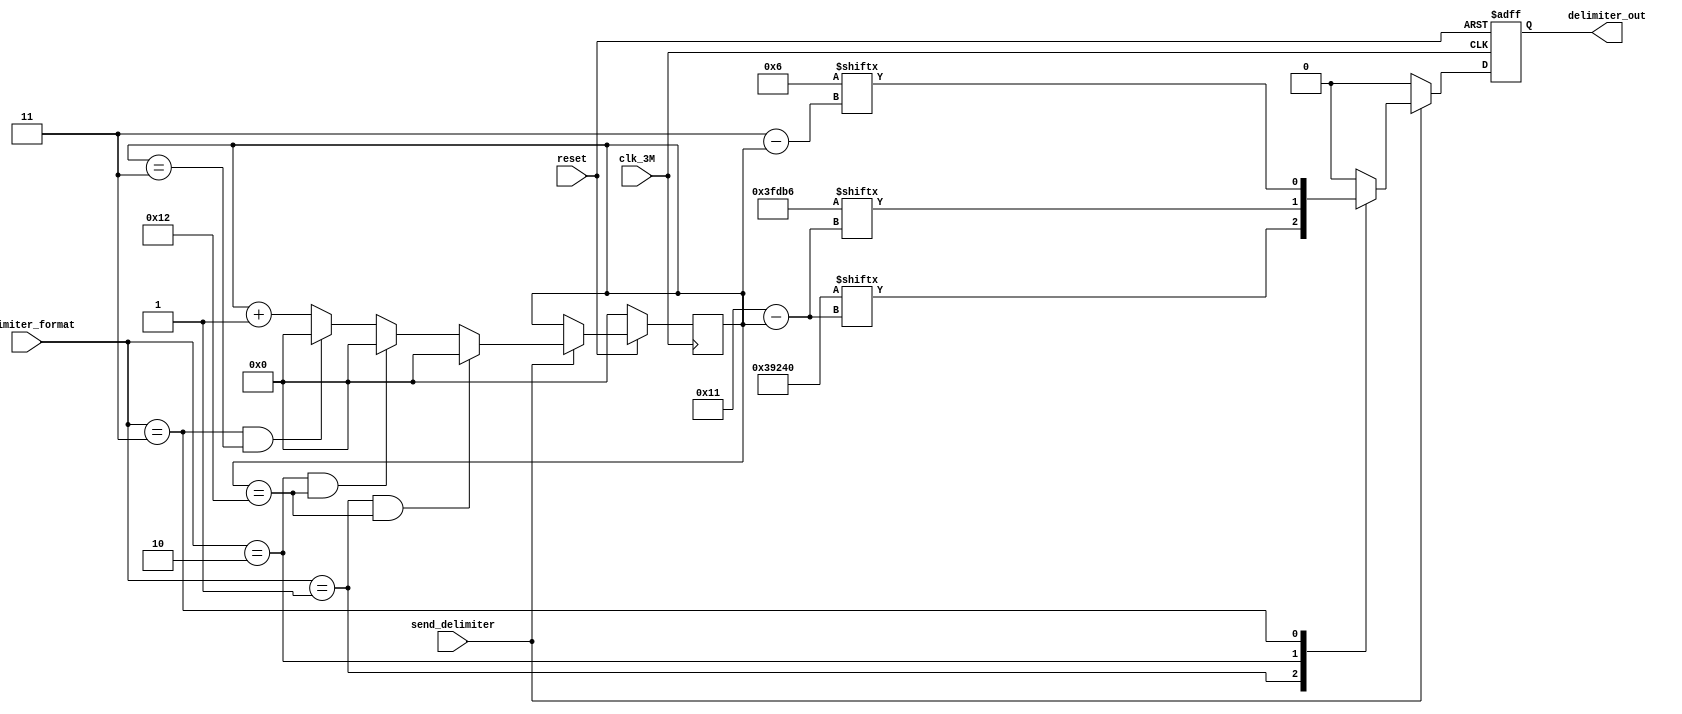
/****************************************************






******************************************************/

module delimiter (
			input 		reset,				//
            input 		clk_3M,				//6Mhz
			input 		send_delimiter,     //
			input[1:0]	delimiter_format,   //01  10  11
			output reg	delimiter_out		//

);


	parameter  M_delimiter=18'b11_10_01_00_10_01_00_00_00;  
	parameter  S_delimiter=18'b11_11_11_11_01_10_11_01_10;  
	parameter  frame_end=4'b0110;
	reg[5:0]  index;
	
	
	always @(posedge clk_3M )begin
	   if(reset==1'b0)begin
	       index<=1'b0;
	   end else if(send_delimiter==1'b1) begin
	       index<=index+1;
           if(delimiter_format==2'b01&&index==6'h12)begin
                index<=0;
           end else if(delimiter_format==2'b10&&index==6'h12)begin
                index<=0;
           end else if(delimiter_format==2'b11&&index==6'h03)begin
                index<=0;
           end 
        end
	end
	
	
	always @( posedge clk_3M or negedge reset ) begin
		if(reset==1'b0)begin
			delimiter_out<=1'b0;
		end else if(send_delimiter==1'b1) begin	      
			case(delimiter_format) 
				2'b01: begin
					delimiter_out<=M_delimiter[17-index];
				end
				2'b10:begin
					delimiter_out<=S_delimiter[17-index];
				end
				2'b11:begin
					delimiter_out<=frame_end[3-index];
				end
				default:begin
				    delimiter_out<=1'b0;
				end
			endcase
		end else if(send_delimiter==1'b0)begin
			delimiter_out<=1'b0;
		end
	end

endmodule